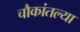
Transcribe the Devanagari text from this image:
चौकांतल्या